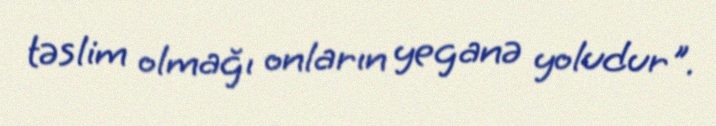
təslim olmağı onların yeganə yoludur".